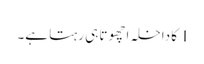
I کا داخلہ اچھوتا ہی رہتا ہے۔